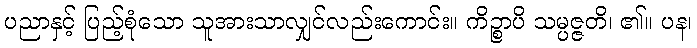
ပညာနှင့် ပြည့်စုံသော သူအားသာလျှင်လည်းကောင်း။ ကိဉ္စာပိ သမ္ပဇ္ဇတိ၊ ၏။ ပန၊